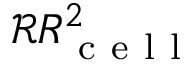
\mathcal { R } R _ { \mathrm { ~ c ~ e ~ l ~ l ~ } } ^ { 2 }